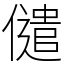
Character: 儙